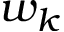
w _ { k }